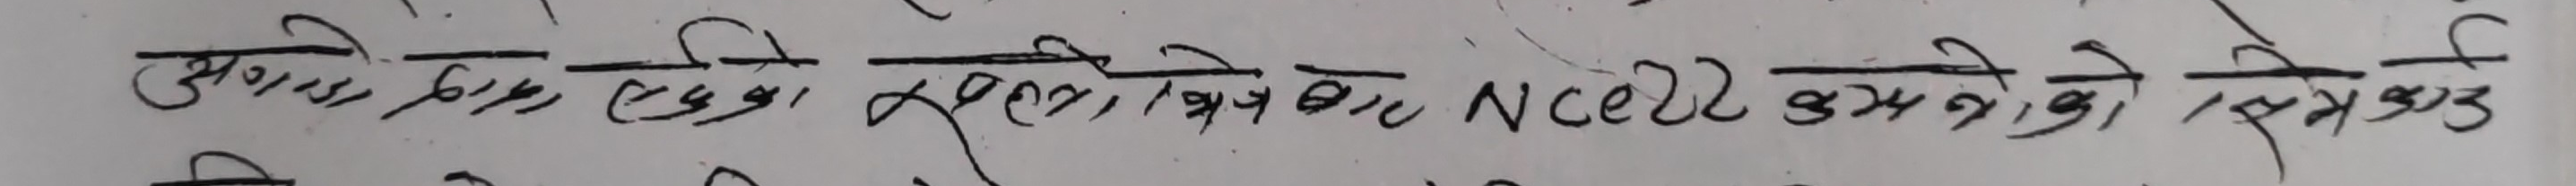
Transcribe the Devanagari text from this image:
एन०सी०ई०आर०टी० के लिए